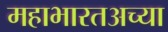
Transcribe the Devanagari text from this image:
महाभारतअच्या